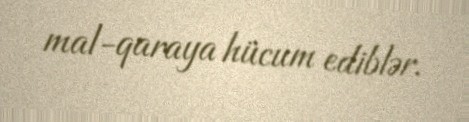
mal-qaraya hücum ediblər.